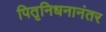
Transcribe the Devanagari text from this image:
पितृनिधनानंतर